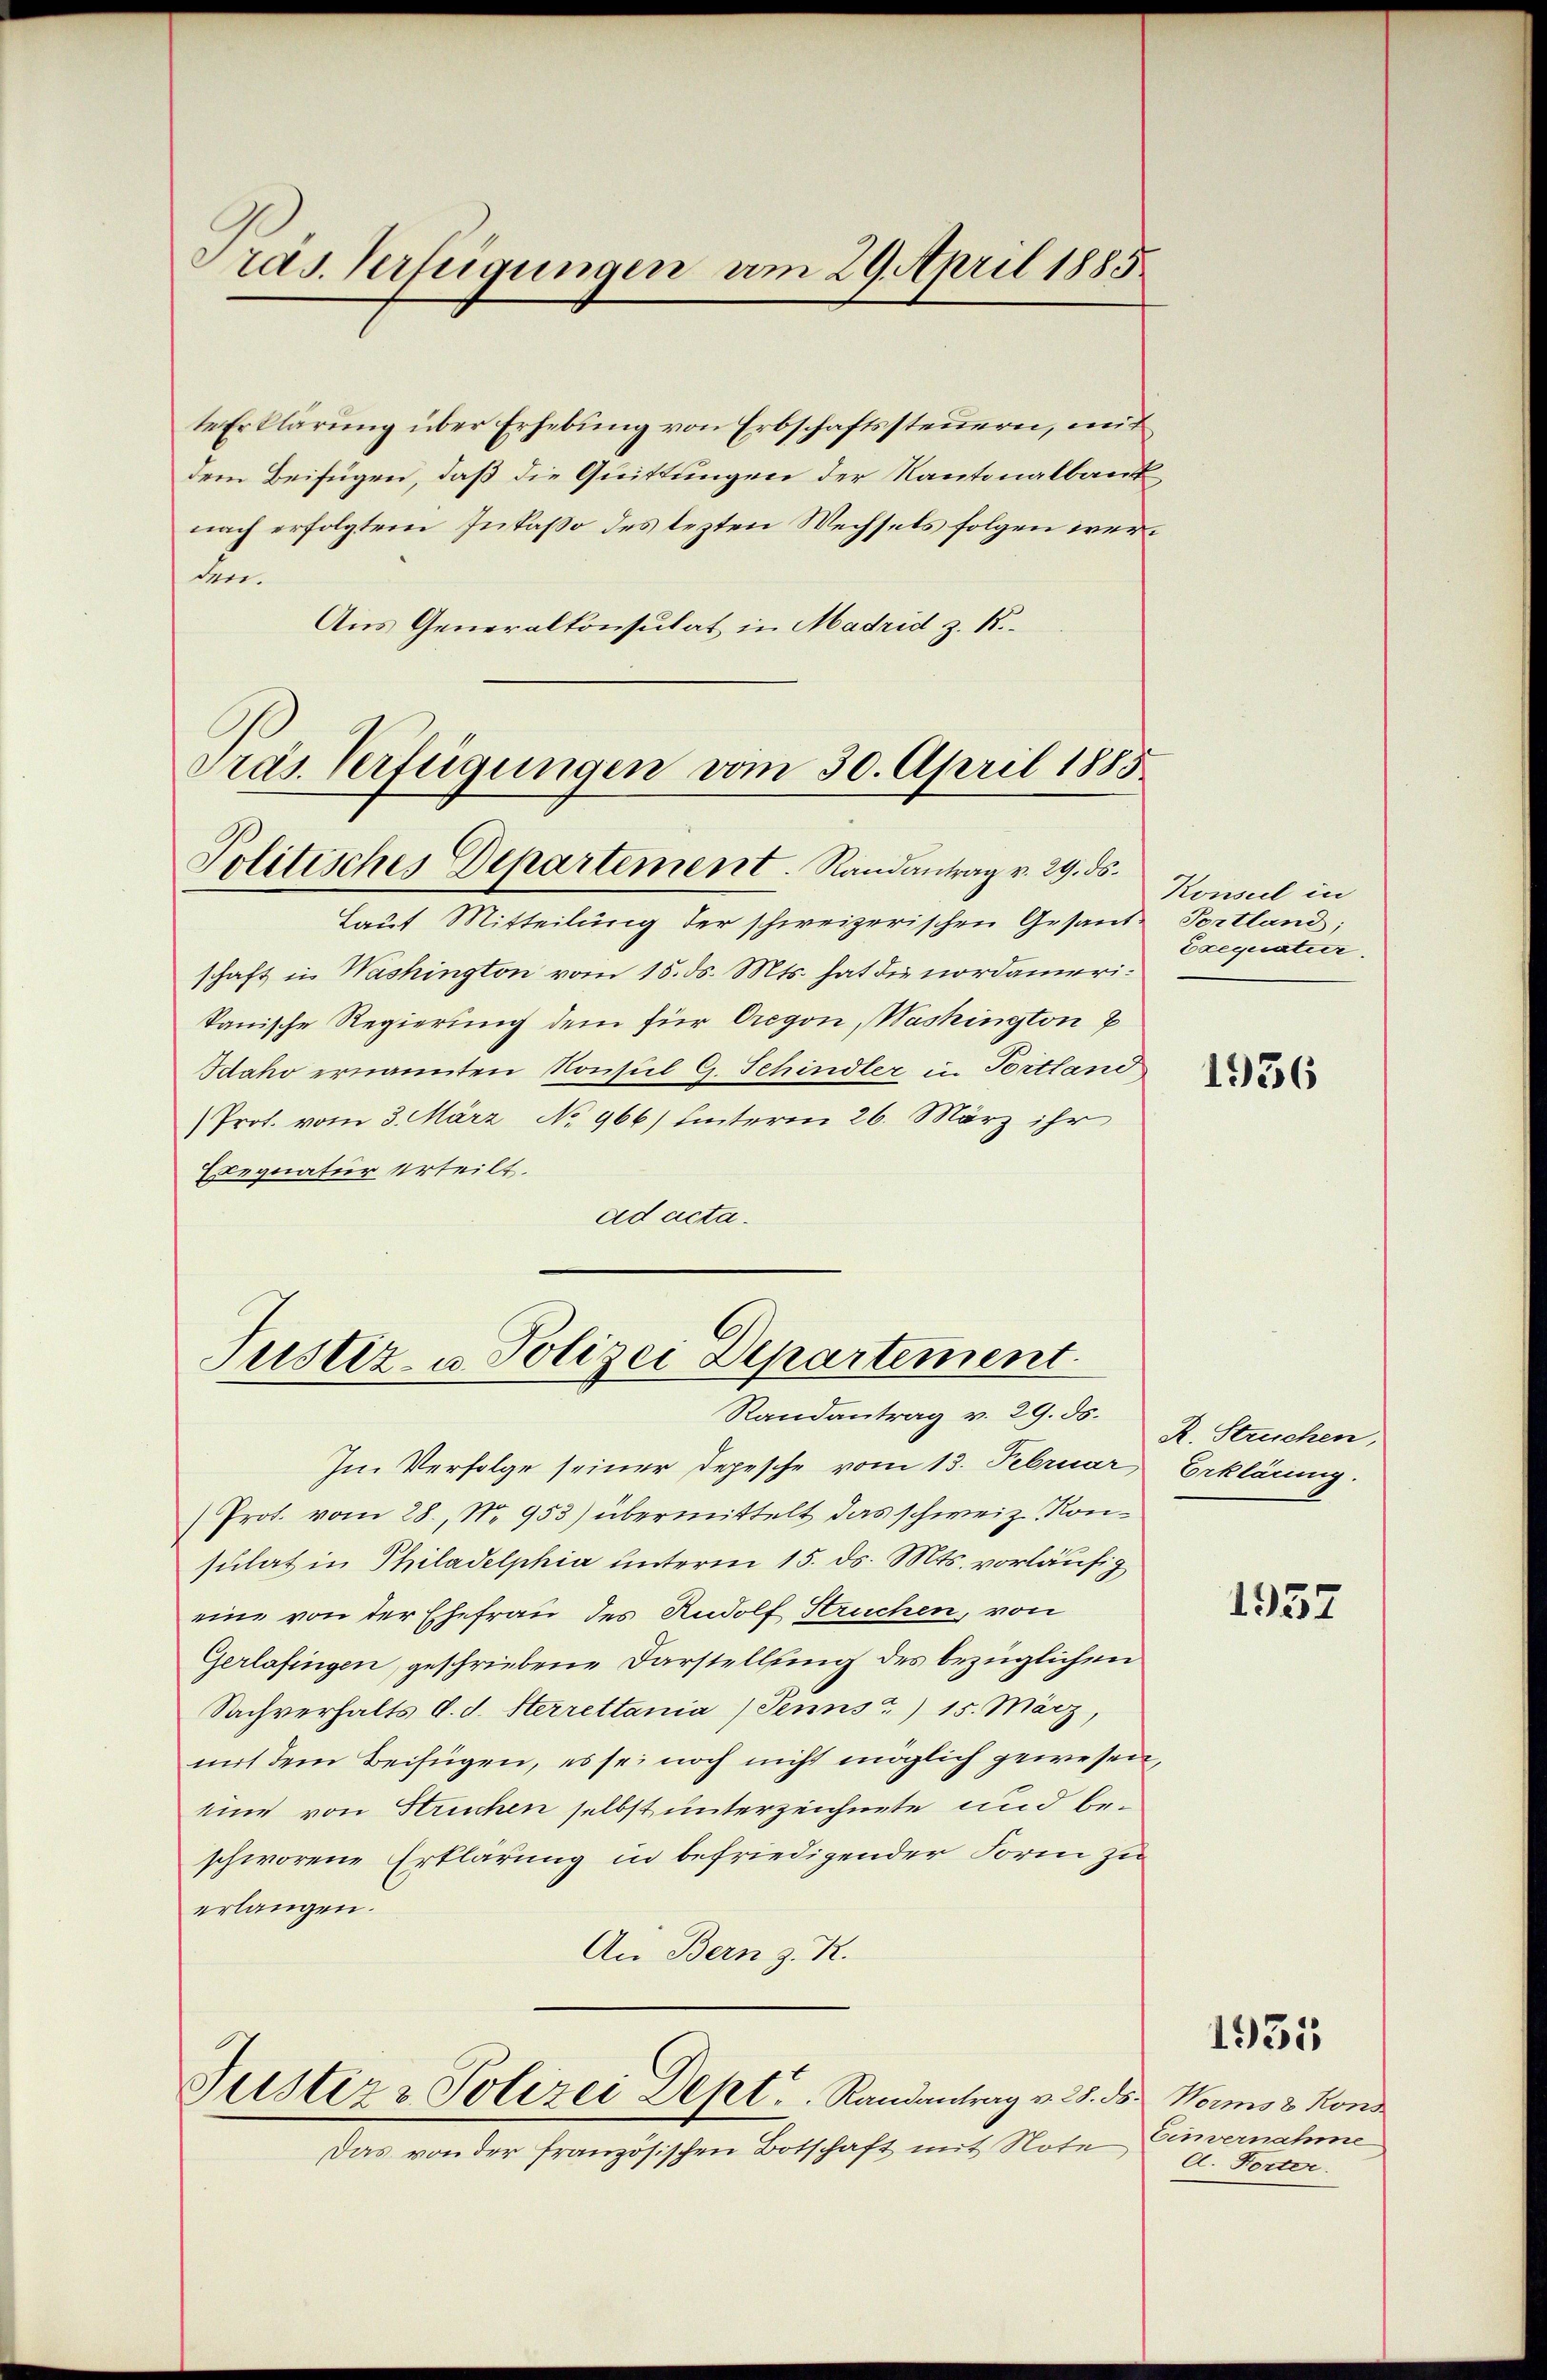
Pras. Verfügungen am 29. April 1885.

te Erklärung über Erhebung von Erbschaftssteuern, mit
dem Beifügen, daß die Quittungen der Kantonalbank
nach erfolgtem Inkasso des lezten Wechsels folgen werden.
Aus Generalkonsulat in Madrid z. B.
Präs. Verfügungen vom 30. April 1885

Politisches Departement. Randantrag v. 29. ds.

Justiz- u. Polizei Departement
Randantrag v. 29. ds.

Justiz & Polizei Dept. Randantrag v. 28. ds Worms Kons

Das von der französischen Botschaft mit Note

Laut Mitteilung der schweizerischen Gesand Portland;
schaft in Washington vom 15. ds. Mts. hat die nordamerikanische Regierung dem für Oregon, Washington E
Idaho ernannten Konsul G. Schindler in Tortland
Prot. vom 3. März No 966) hinterm 26. März ihr
Eegnatur Urteilt.
ad acta.

Im Verfolge seiner Depesche vom 13. Februar
 Prot. vom 28. No. 953) übermittelt das schweiz. Konsulat in Philadelphia unterm 15. ds. Mts. vorläufig
eine von der Ehefrau des Rudolf Struchen, von
Gerlafingen, geschriebene Darstellung des bezüglichen
Sachverhalts d. d. Sterrettania /Penns?) 15. März,
mit dem Beifügen, es sei noch nicht möglich gewesen,
eine von Strechen selbst unterzeichnete und beschworene Erklärung in befriedigender Form zu
erlangen.
An Bern z. R.

Konseil in
Exequatur.

1936

R. Struchen,
Erklärung.

1957

1935

Einvernahme
d. Forter.